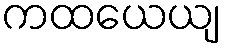
ကထယေယျ